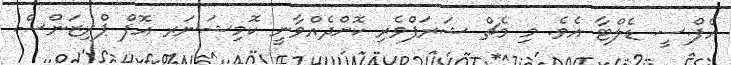
އެފް.ސީ ޑެލްޓާ އެވެ. މި މެޗް ޝަރަފްވެރި ކޮށްދެއްވާނީ ކޮމިޝަނަރ އޮފް ޕްރިޒަންސް